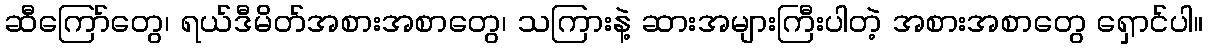
ဆီကြော်တွေ၊ ရယ်ဒီမိတ်အစားအစာတွေ၊ သကြားနဲ့ ဆားအများကြီးပါတဲ့ အစားအစာတွေ ရှောင်ပါ။